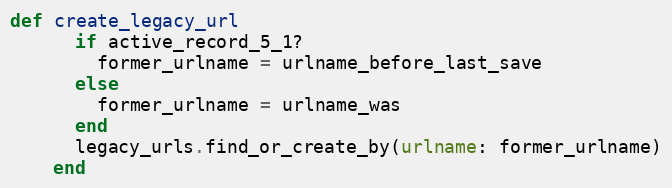
Language: Ruby
def create_legacy_url
      if active_record_5_1?
        former_urlname = urlname_before_last_save
      else
        former_urlname = urlname_was
      end
      legacy_urls.find_or_create_by(urlname: former_urlname)
    end